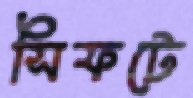
সিফটে